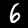
Digit: 6